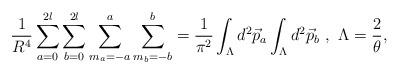
LaTeX: \begin{align*}\frac{1}{R^4} \sum_{a=0}^{2l} \sum_{b=0}^{2l} \sum_{m_a = -a}^{a}\sum_{m_b = -b}^{b} = \frac{1}{ {\pi}^2} \int_{\Lambda} d^2\vec{p}_a \int_{\Lambda} d^2\vec{p}_b~,~{\Lambda}=\frac{2}{\theta},\end{align*}